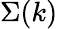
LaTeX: \Sigma(k)